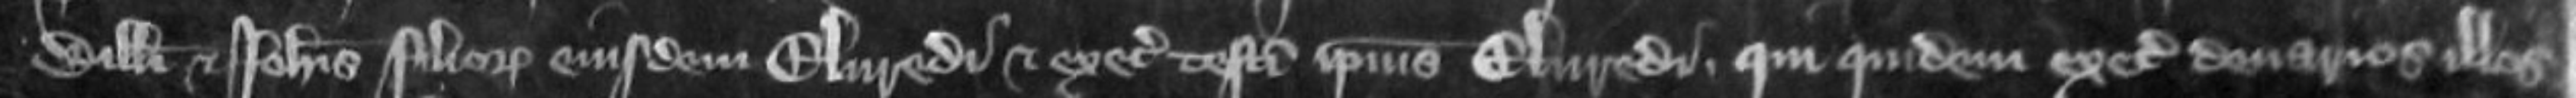
Willelmi et Johannis filiorum eiusdem Elvredi et executorum testamenti ipsius Elvredi qui quidem executores denarios illos